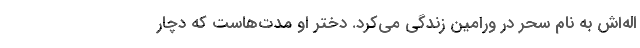
اله‌اش به نام سحر در ورامین زندگی می‌کرد. دختر او مدت‌هاست که دچار